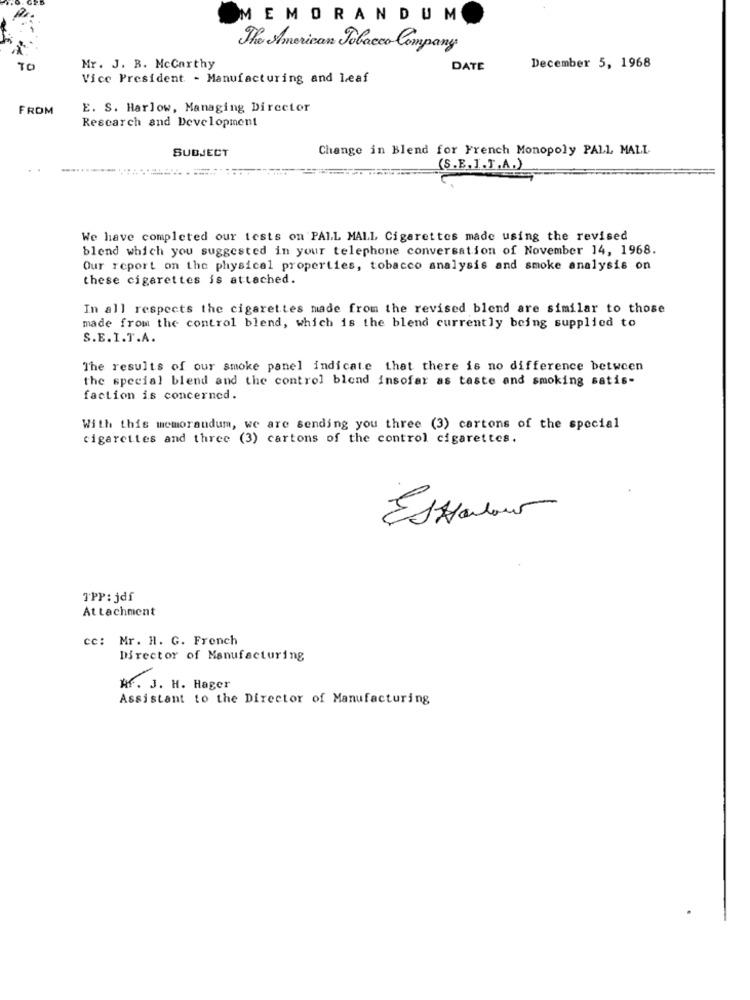
MEMORANDUM
The American Tobacco Company
TO
Mr. J. B. McCarthy
DATE
December 5, 1968
Vice President - Manufacturing and Leaf
FROM
E. S. Harlow, Managing Director
Research and Development
Change in Blend for French Monopoly PALL MALL
SUBJECT
(S.E. I.T.A.)
We have completed our tests on PALL MALL Cigarettes made using the revised
blend which you suggested in your telephone conversation of November 14, 1968.
Our report on the physical properties, tobacco analysis and smoke analysis on
these cigarettes is attached.
In all respects the cigarettes made from the revised blend are similar to those
made from the control blend, which is the blend currently being supplied to
S.E.I.T.A.
The results of our smoke panel indicate that there is no difference between
the special blend and the control blend insofar as taste and smoking satis-
faction is concerned.
With this memorandum, we are sending you three (3) cartons of the special
cigarettes and three (3) cartons of the control cigarettes.
TPP: jdf
Attachment
cc: Mr. H. G. French
Director of Manufacturing
W. J. H. Hager
Assistant to the Director of Manufacturing